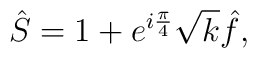
\hat{S}=1+e^{i\frac{\pi}{4}}\sqrt{k}\hat{f},